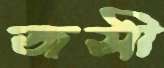
জসী